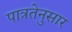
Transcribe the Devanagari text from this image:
पात्रतेनुसार